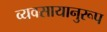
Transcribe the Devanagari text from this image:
व्यवसायानुरूप